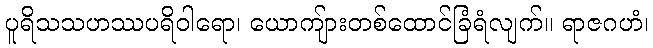
ပူရိသသဟဿပရိဝါရော၊ ယောကျ်ားတစ်ထောင်ခြံရံလျက်။ ရာဇဂဟံ၊